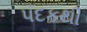
પદકથી